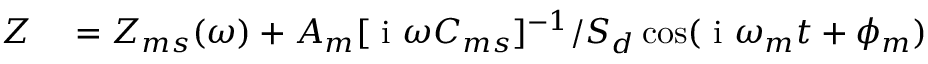
\begin{array} { r l } { Z } & { { } = Z _ { m s } ( \omega ) + A _ { m } [ \textrm { i } \omega C _ { m s } ] ^ { - 1 } / S _ { d } \cos ( \textrm { i } \omega _ { m } t + \phi _ { m } ) } \end{array}